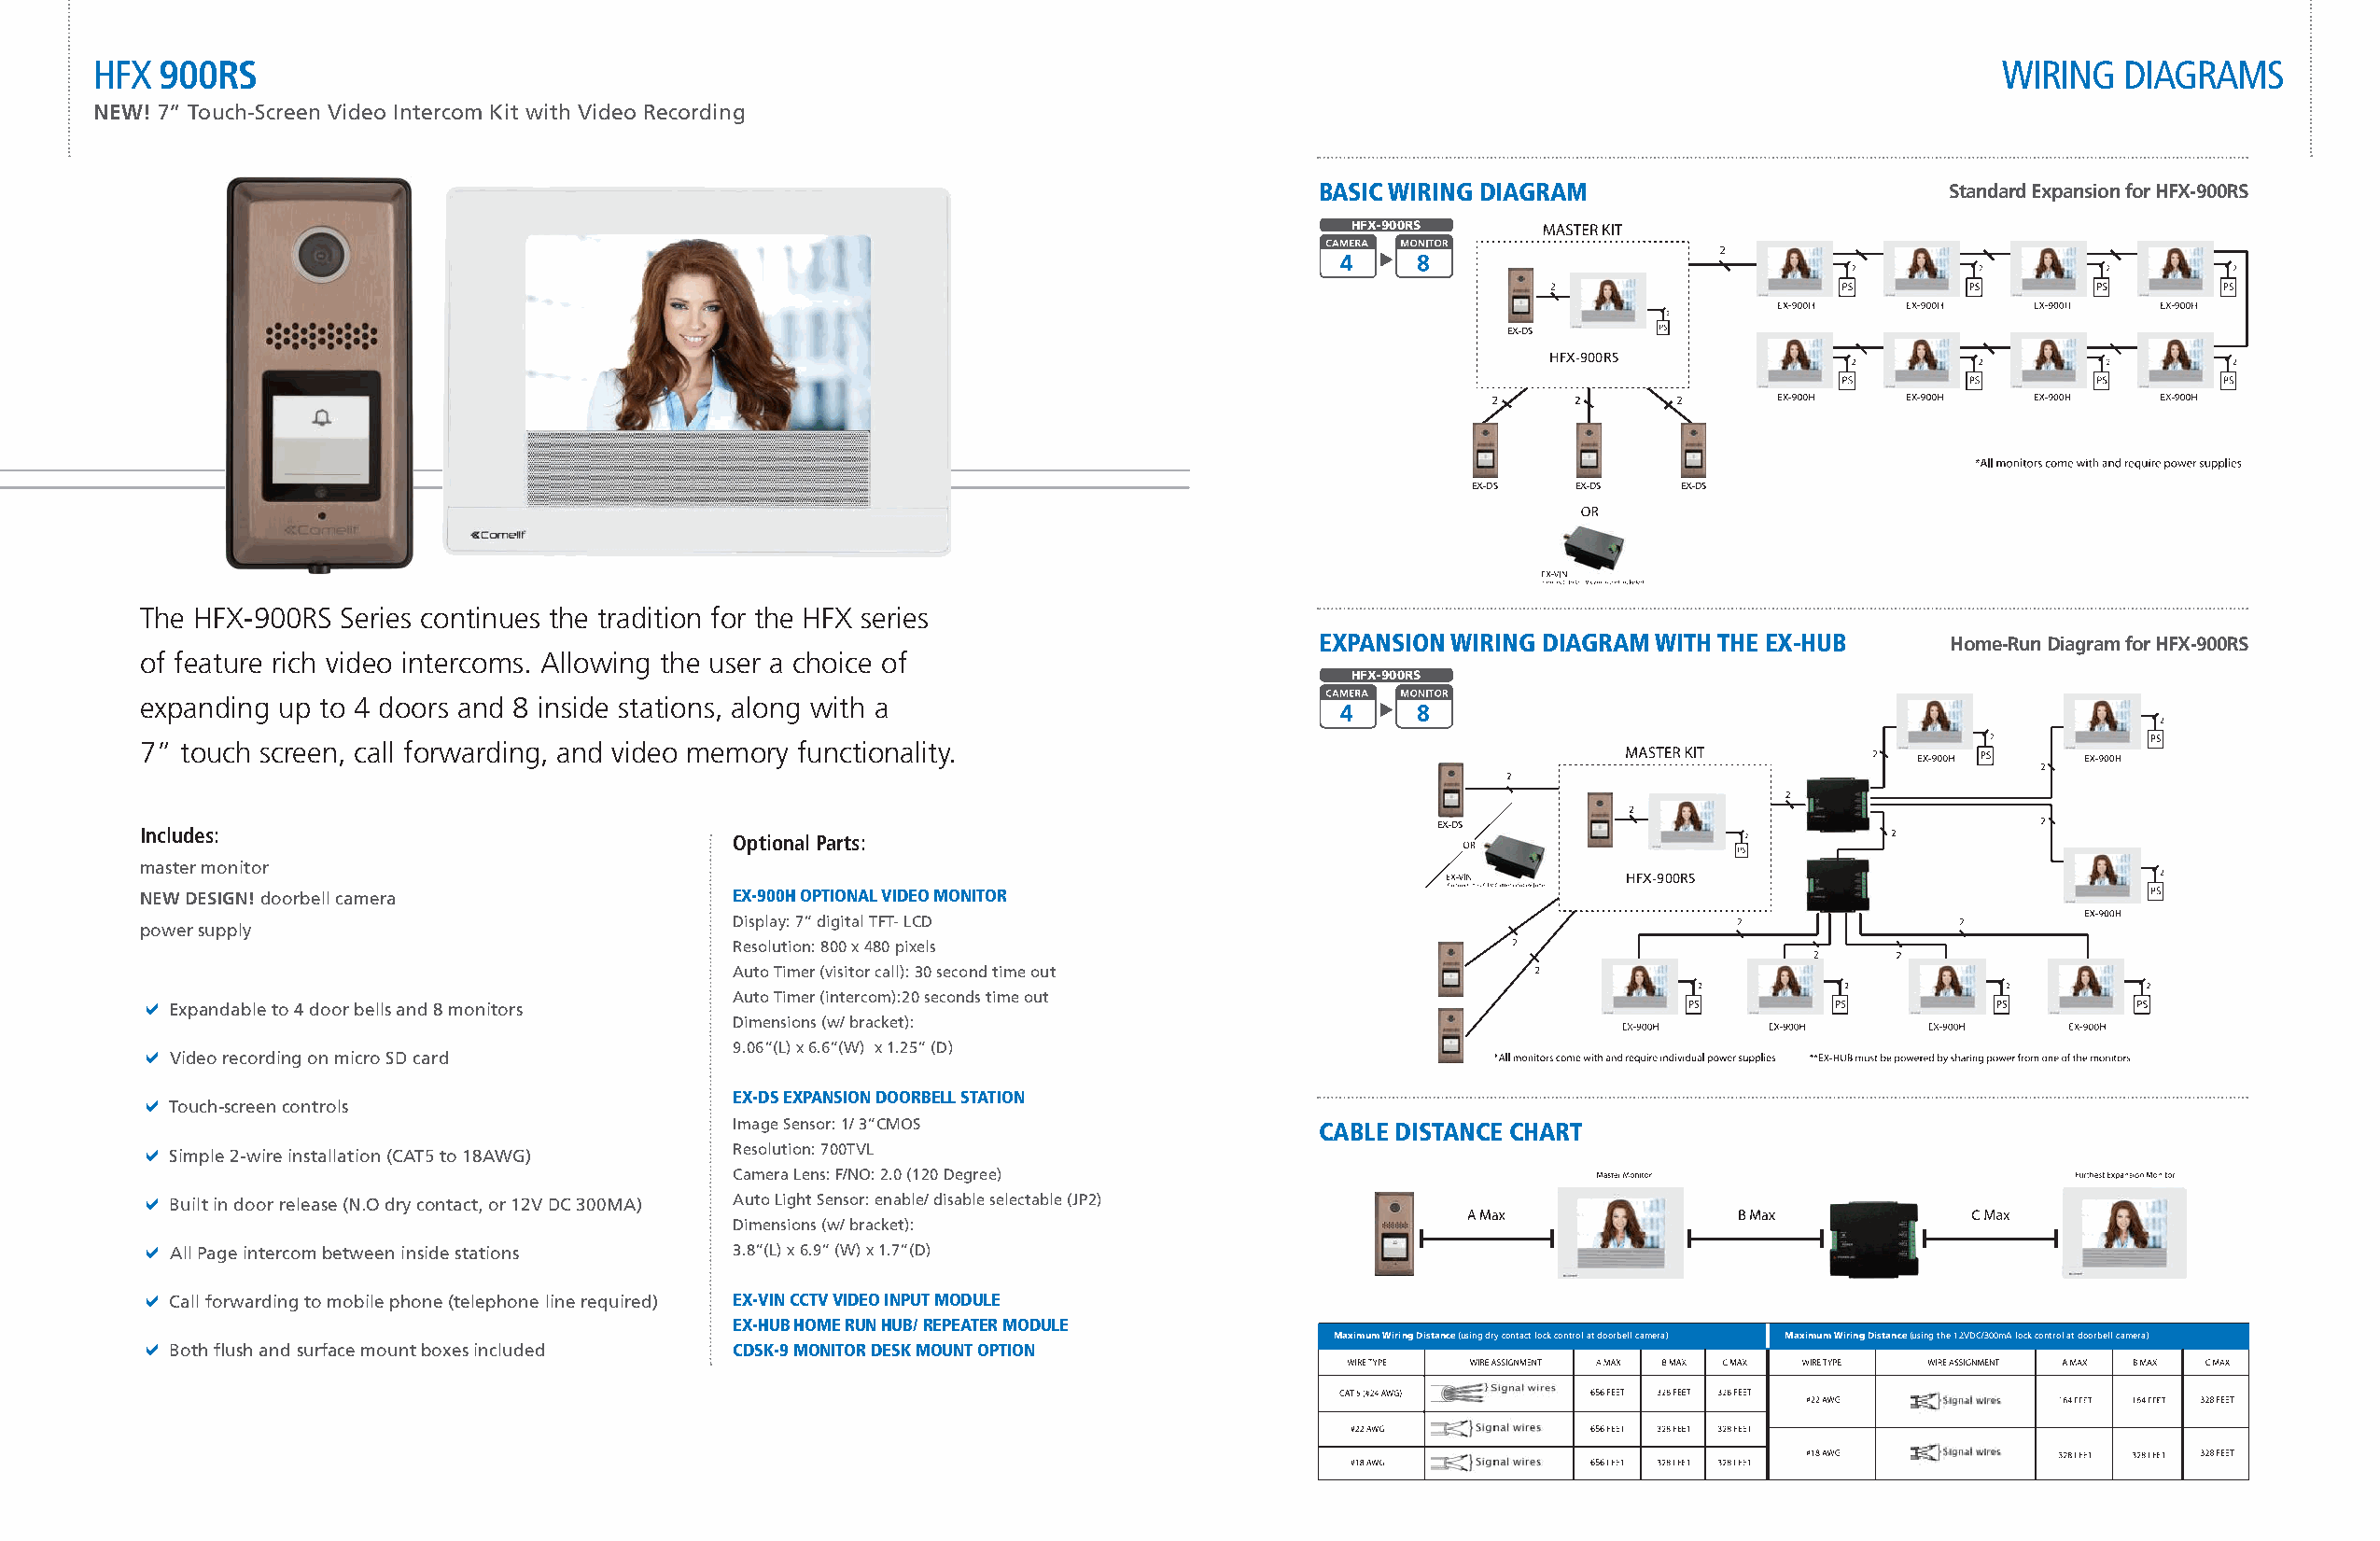
HFX 900RS                                                                                                                              wiRing   diagRams
 NEW! 7” Touch-Screen Video Intercom Kit with Video Recording
 basic wiring DiagraM                        Standard Expansion for HFX-900RS
 HFX-900RS
 EX-DS
 HFX-900RS
 EX-DS   EX-DS  EX-DS
 The HFX-900RS Series continues the tradition for the HFX series
 EXpansion wiring DiagraM witH tHE EX-Hub    Home-Run Diagram for HFX-900RS
 of feature rich video intercoms. Allowing the user a choice of
 HFX-900RS
 expanding up to 4 doors and 8 inside stations, along with a
 7” touch screen, call forwarding, and video memory functionality.
 EX-DS
 Includes:
 Optional Parts:
 master monitor
 HFX-900RS
 NEW DESIGN! doorbell camera               EX-900H optional viDEo Monitor
 Display: 7” digital TFT- LCD
 power supply
 Resolution: 800 x 480 pixels
 Auto Timer (visitor call): 30 second time out
 a                                         Auto Timer (intercom):20 seconds time out
 Expandable to 4 door bells and 8 monitors
 Dimensions (w/ bracket):
 a                                         9.06”(L) x 6.6”(W) x 1.25” (D)
 Video recording on micro SD card
 a                                         EX-Ds EXpansion DoorbEll station
 Touch-screen controls
 Image Sensor: 1/ 3”CMOS                   cablE DistancE cHart
 a                                         Resolution: 700TVL
 Simple 2-wire installation (CAT5 to 18AWG)
 Camera Lens: F/NO: 2.0 (120 Degree)
 a Built in door release (N.O dry contact, or 12V DC 300MA) Auto Light Sensor: enable/ disable selectable (JP2)
 C
 Dimensions (w/ bracket):
 a All Page intercom between inside stations 3.8”(L) x 6.9” (W) x 1.7”(D)
 a Call forwarding to mobile phone (telephone line required) EX-vin cctv viDEo input MoDulE
 EX-Hub HoME run Hub/ rEpEatEr MoDulE
 a                                                                                    Maximum Wiring Distance (using dry contact lock control at doorbell camera) Maximum Wiring Distance (using the 12VDC/300mA lock control at doorbell camera)
 Both flush and surface mount boxes included cDsK-9 Monitor DEsK Mount option
 656
 656
 656